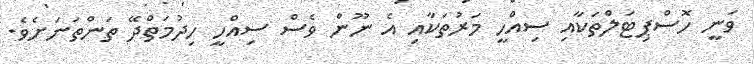
ވަނީ ހޮސްޕިޓަލްތަކާއި ސިއްހީ މަރުތަކާއި އެ ނޫން ވެސް ސިއްހީ ހިދުމަތްދޭ ތަންތަނަށެވެ.